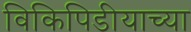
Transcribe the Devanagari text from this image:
विकिपिडीयाच्या